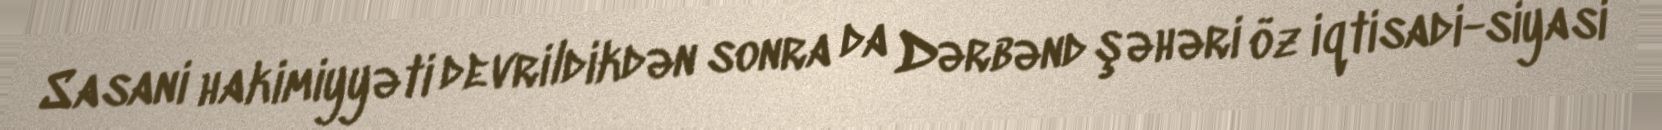
Sasani hakimiyyəti devrildikdən sonra da Dərbənd şəhəri öz iqtisadi-siyasi